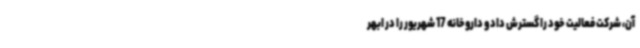
آن، شرکت فعالیت خود را گسترش داد و داروخانه 17 شهریور را در ابهر